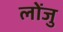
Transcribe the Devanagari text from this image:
लोंजु